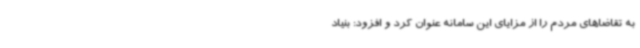
به تقاضاهای مردم را از مزایای این سامانه عنوان کرد و افزود: بنیاد